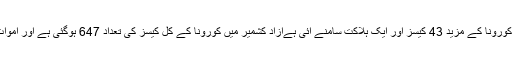
آزاد کشمیر سے آج کورونا کے مزید 43 کیسز اور ایک ہلاکت سامنے آئی ہےآزاد کشمیر میں کورونا کے کل کیسز کی تعداد 647 ہوگئی ہے اور اموات کی تعداد 13 ہے۔